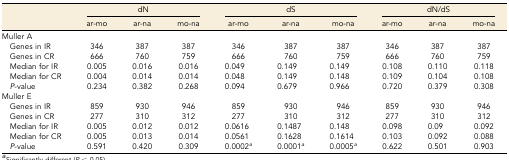
<table><thead><tr><td rowspan="2"></td><td colspan="3"><b>dN</b></td><td colspan="3"><b>dS</b></td><td colspan="3"><b>dN/dS</b></td></tr><tr><td><b>ar-mo</b></td><td><b>ar-na</b></td><td><b>mo-na</b></td><td><b>ar-mo</b></td><td><b>ar-na</b></td><td><b>mo-na</b></td><td><b>ar-mo</b></td><td><b>ar-na</b></td><td><b>mo-na</b></td></tr></thead><tbody><tr><td>Muller A</td><td></td><td></td><td></td><td></td><td></td><td></td><td></td><td></td><td></td></tr><tr><td> Genes in IR</td><td>346</td><td>387</td><td>387</td><td>346</td><td>387</td><td>387</td><td>346</td><td>387</td><td>387</td></tr><tr><td> Genes in CR</td><td>666</td><td>760</td><td>759</td><td>666</td><td>760</td><td>759</td><td>666</td><td>760</td><td>759</td></tr><tr><td> Median for IR</td><td>0.005</td><td>0.016</td><td>0.016</td><td>0.049</td><td>0.149</td><td>0.149</td><td>0.108</td><td>0.110</td><td>0.118</td></tr><tr><td> Median for CR</td><td>0.004</td><td>0.014</td><td>0.014</td><td>0.048</td><td>0.149</td><td>0.148</td><td>0.109</td><td>0.104</td><td>0.108</td></tr><tr><td><i> P</i>-value</td><td>0.234</td><td>0.382</td><td>0.268</td><td>0.094</td><td>0.679</td><td>0.966</td><td>0.720</td><td>0.379</td><td>0.308</td></tr><tr><td>Muller E</td><td></td><td></td><td></td><td></td><td></td><td></td><td></td><td></td><td></td></tr><tr><td> Genes in IR</td><td>859</td><td>930</td><td>946</td><td>859</td><td>930</td><td>946</td><td>859</td><td>930</td><td>946</td></tr><tr><td> Genes in CR</td><td>277</td><td>310</td><td>312</td><td>277</td><td>310</td><td>312</td><td>277</td><td>310</td><td>312</td></tr><tr><td> Median for IR</td><td>0.005</td><td>0.012</td><td>0.012</td><td>0.0616</td><td>0.1487</td><td>0.148</td><td>0.098</td><td>0.09</td><td>0.092</td></tr><tr><td> Median for CR</td><td>0.005</td><td>0.013</td><td>0.014</td><td>0.0561</td><td>0.1628</td><td>0.1614</td><td>0.103</td><td>0.092</td><td>0.088</td></tr><tr><td><i> P</i>-value</td><td>0.591</td><td>0.420</td><td>0.309</td><td>0.0002<i><sup>a</sup></i></td><td>0.0001<i><sup>a</sup></i></td><td>0.0005<i><sup>a</sup></i></td><td>0.622</td><td>0.501</td><td>0.903</td></tr></tbody></table>